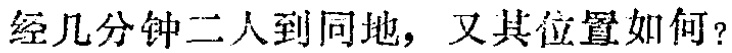
经几分钟二人到同地，又其位置如何？